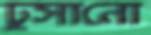
ঢুসানো